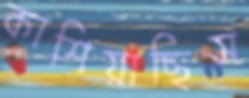
কাশিয়াছিস